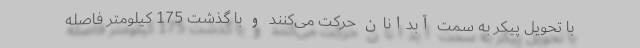
با تحویل پیکر به سمت آبدانان حرکت می‌کنند و با گذشت 175 کیلومتر فاصله